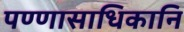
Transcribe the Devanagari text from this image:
पण्णासाधिकानि